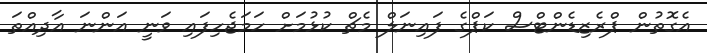
އެގޮތުން ޕްރެޒިޑެންޓްސް ކަޕްގެ ފައިނަލް މެޗް ކުޅުމަށް ހަމަޖެހިފައި ވަނީ އަންނަ އާދިއްތަ